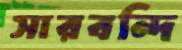
সারবন্দি